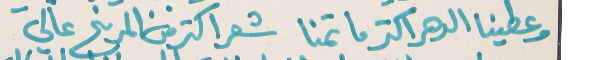
وعطينا الدهر اكتر ما تمنا   شعر اكتر من المريخ عالي